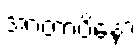
အာတာပိနော